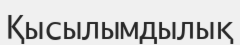
Қысылымдылық